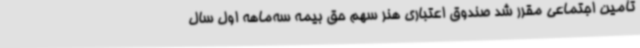
تأمین اجتماعی مقرر شد صندوق اعتباری هنر سهم حق بیمه سه‌ماهه اول سال